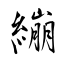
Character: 繃